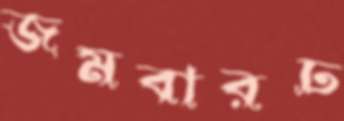
জমবারঢ